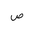
Letter: _sad